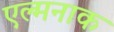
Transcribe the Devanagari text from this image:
एल्मनाक